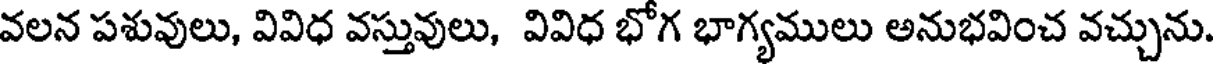
వలన పశువులు, వివిధ వస్తువులు, వివిధ భోగ భాగ్యములు అనుభవించ వచ్చును.